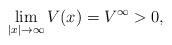
\begin{align*} \lim_{|x| \to \infty} V(x) = V^\infty > 0,\end{align*}